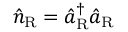
\hat { n } _ { \mathrm { R } } = \hat { a } _ { \mathrm { R } } ^ { \dagger } \hat { a } _ { \mathrm { R } }